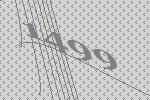
1499